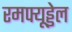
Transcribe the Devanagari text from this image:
रमफ्यूड्डेल